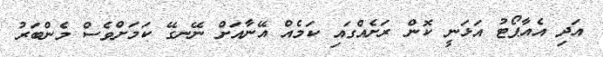
އަދި އެއާޕޯޓު އަޅަނީ ކޮން ރަށެއްގައި ކަމެއް އޭނާއަށް ނޭނގޭ ކަމަށްވެސް މެންބަރު